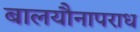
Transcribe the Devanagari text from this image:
बालयौनापराध